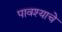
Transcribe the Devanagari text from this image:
पावश्याचे